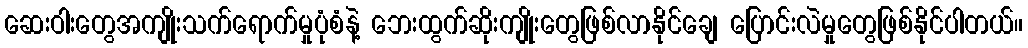
ဆေးဝါးတွေအကျိုးသက်ရောက်မှုပုံစံနဲ့ ဘေးထွက်ဆိုးကျိုးတွေဖြစ်လာနိုင်ချေ ပြောင်းလဲမှုတွေဖြစ်နိုင်ပါတယ်။